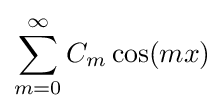
\sum _{m=0}^{\infty }C_{m}\cos(mx)